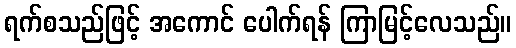
ရက်စသည်ဖြင့် အကောင် ပေါက်ရန် ကြာမြင့်လေသည်။